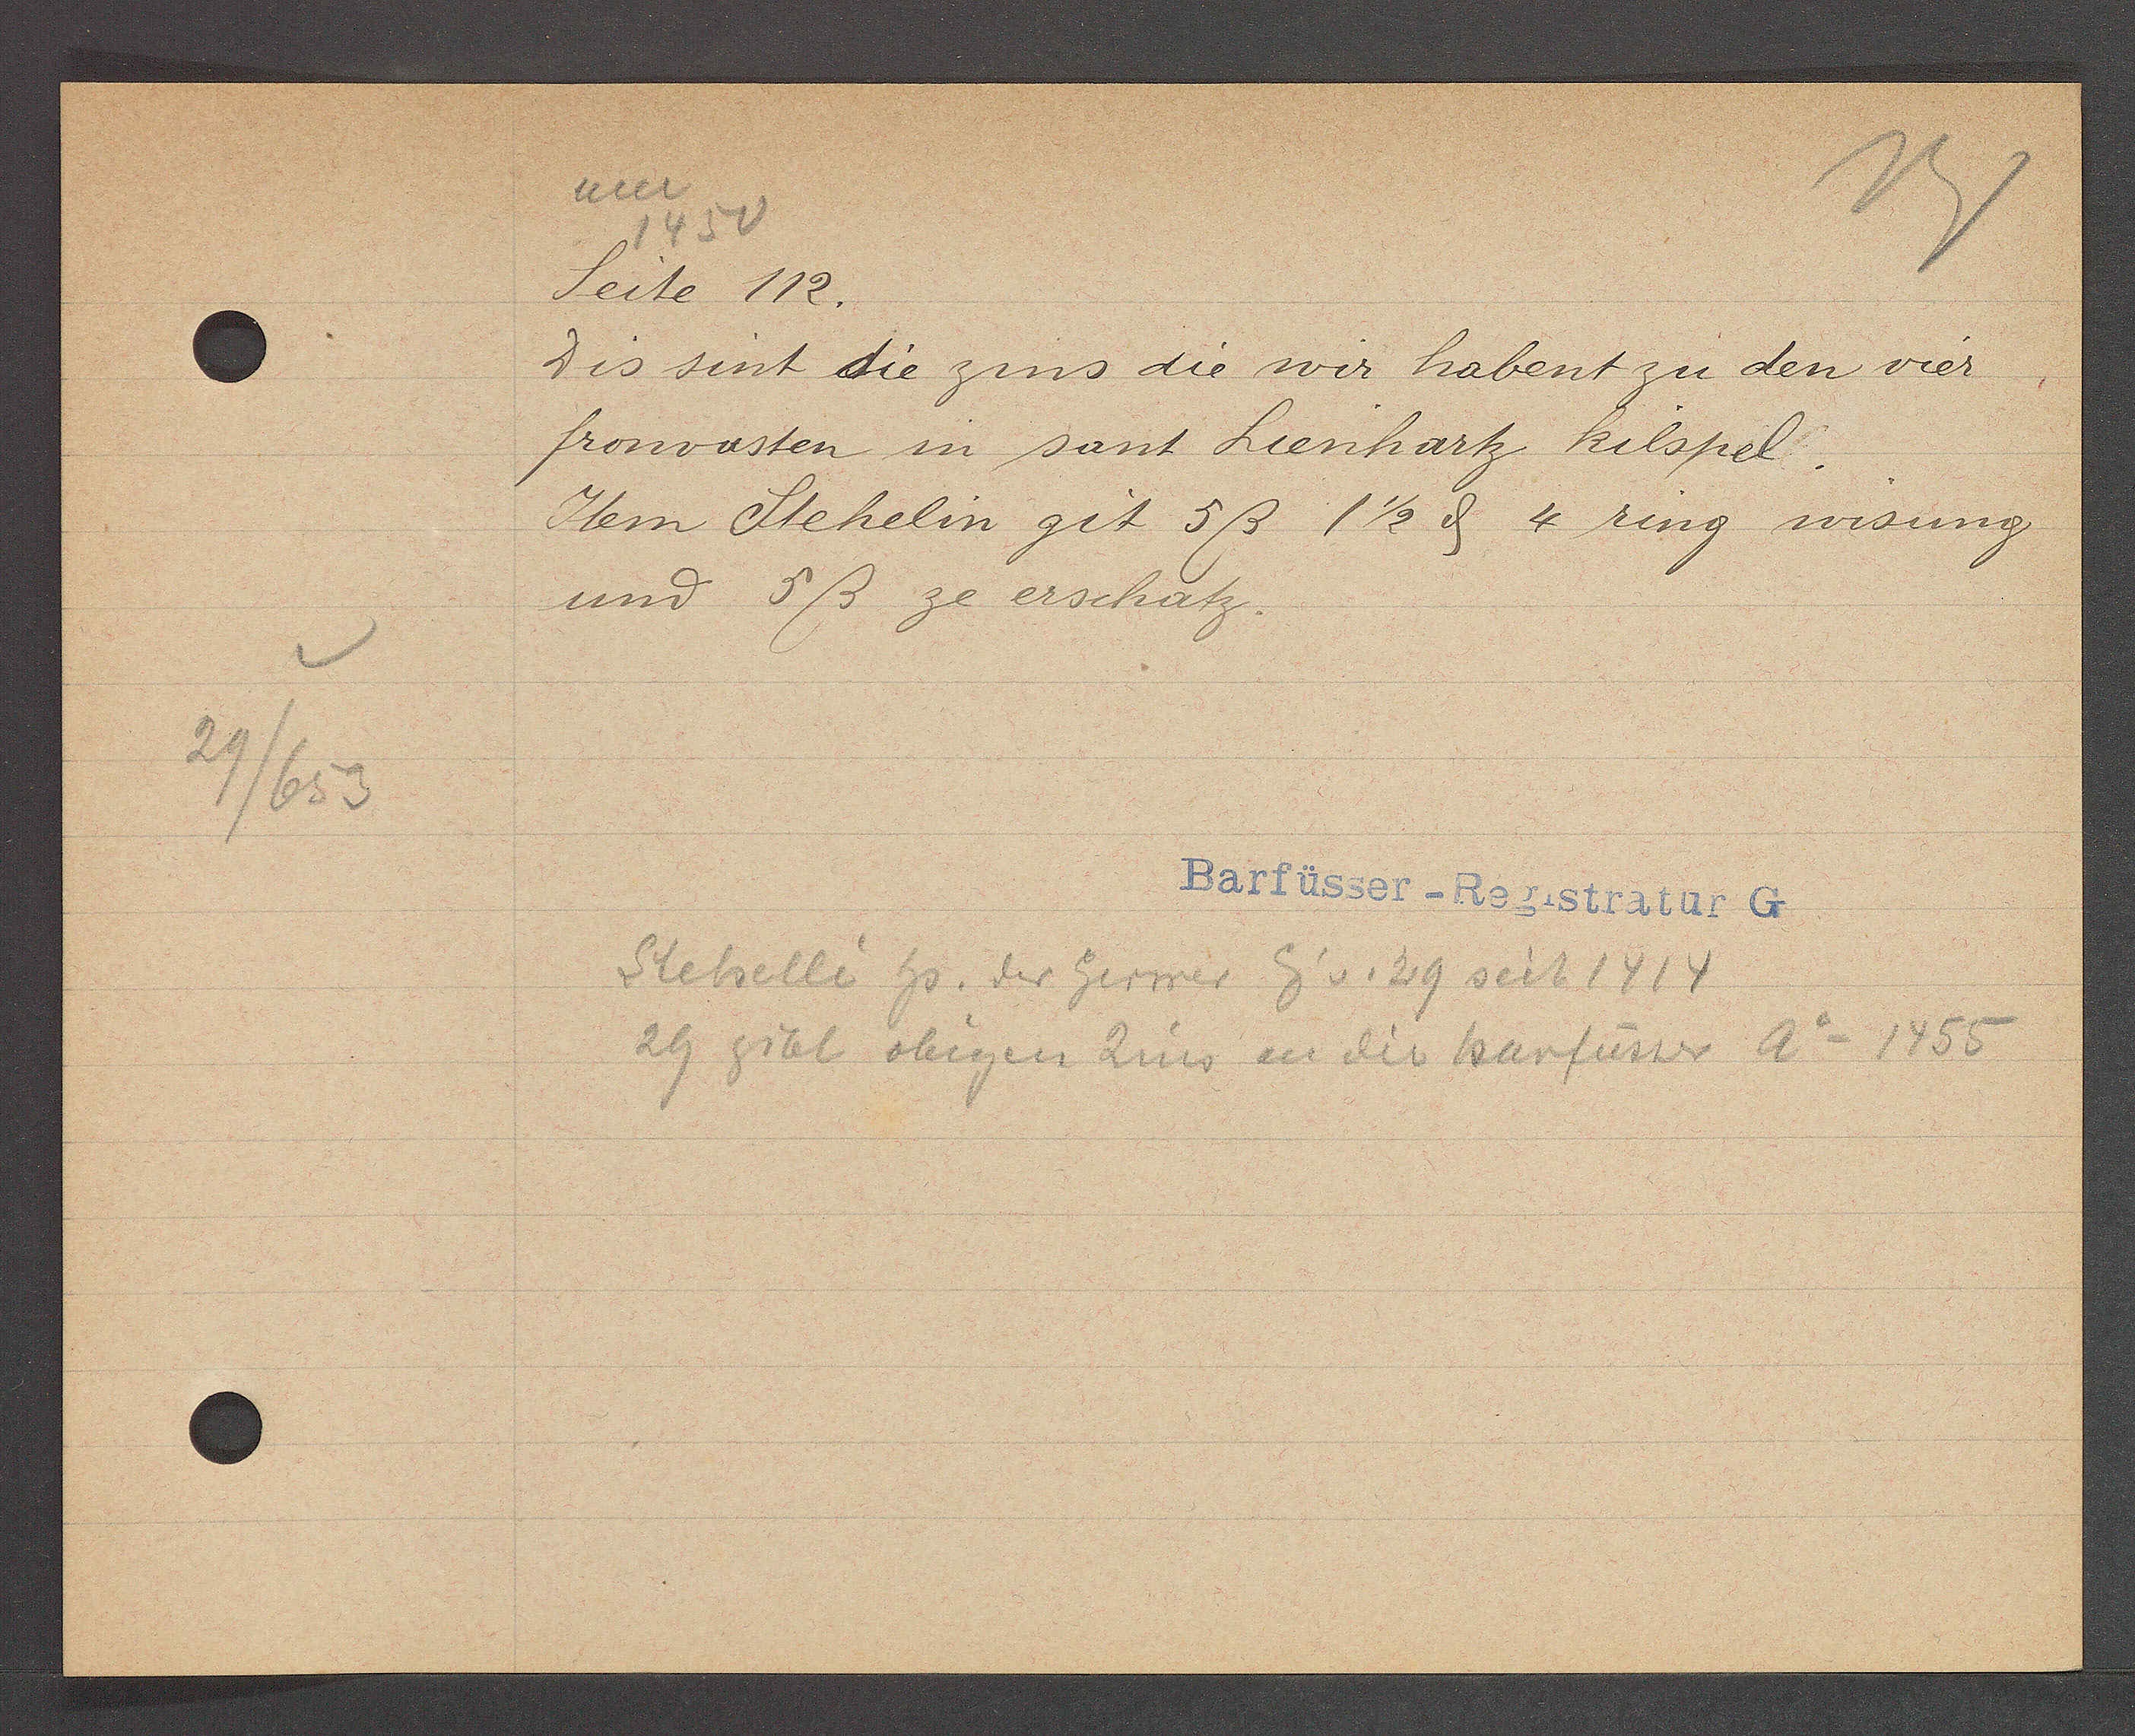
Transcript:
29/653

um
1450
Seite 112.

Dis sint die zins die wir habent zu den vier
fronvasten in sant Lienhartz kilspel.
Item Stehelin git 5ß 1 1/2 ȡ 4 ring wisung
und 5ß ze erschatz.

Barfüsser-Registratur G
Stehelli hs. der Gerwer Eig v. 29 seit 1414
29 gibt obigen Zins an die barfüsser Ao 1455